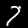
Label: 7